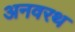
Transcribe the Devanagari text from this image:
अनवरथ